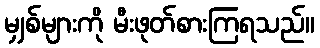
မျှစ်များကို မီးဖုတ်စားကြရသည်။